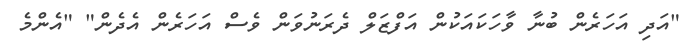
"އަދި އަހަރެން ބުނާ ވާހަކައަކުން އަފްޒަލް ދެރަނުވަން ވެސް އަހަރެން އެދެން" "އެންމެ